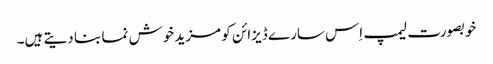
خوبصورت لیمپ اِس سارے ڈیزائن کو مزید خوش نما بنا دیتے ہیں۔